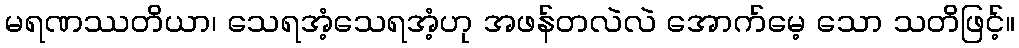
မရဏဿတိယာ၊ သေရအံ့သေရအံ့ဟု အဖန်တလဲလဲ အောက်မေ့ သော သတိဖြင့်။